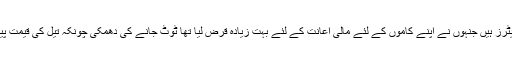
امریکہ میں بہت سارے شیل آئل آپریٹرز ہیں جنہوں نے اپنے کاموں کے لئے مالی اعانت کے لئے بہت زیادہ قرض لیا تھا ٹوٹ جانے کی دھمکی چونکہ تیل کی قیمت پیداوار کے اخراجات سے کم آتی ہے۔